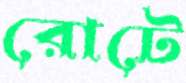
রোটে